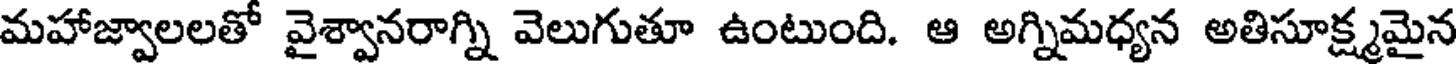
మహాజ్వాలలతో వైశ్వానరాగ్ని వెలుగుతూ ఉంటుంది. ఆ అగ్నిమధ్యన అతిసూక్ష్మమైన